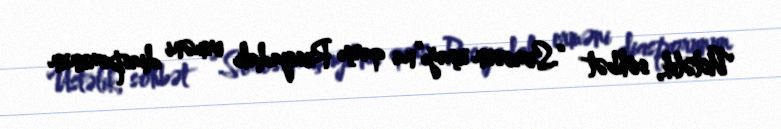
Üstəlik, söhbət “Sorosun uşağı”na qarşı Rusiyadakı erməni diasporunun